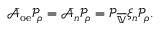
\bar { \mathcal { A } } _ { \mathrm { o e } } \mathcal { P } _ { \rho } = \bar { \mathcal { A } } _ { n } \mathcal { P } _ { \rho } = \mathcal { P } _ { \overline { { \mathbb { V } } } } \xi _ { n } \mathcal { P } _ { \rho } .